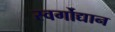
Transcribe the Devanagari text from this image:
स्वर्गोद्यान